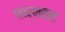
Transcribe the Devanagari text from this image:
फार्नहम